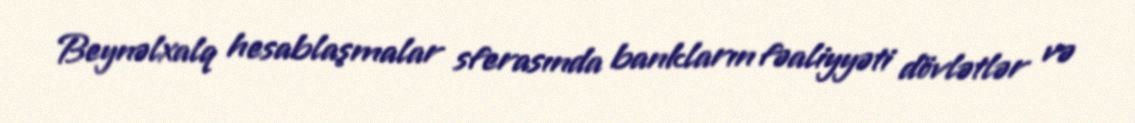
Beynəlxalq hesablaşmalar sferasında bankların fəaliyyəti dövlətlər və